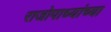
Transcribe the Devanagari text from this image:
राजोपाध्यांच्या